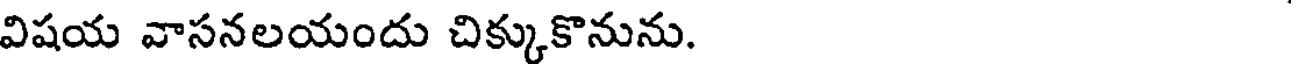
విషయ వాసనలయందు చిక్కుకొనును.